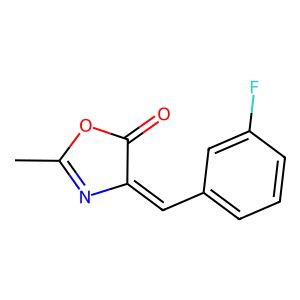
SMILES: CC1=NC(=Cc2cccc(F)c2)C(=O)O1
Inhibits HIV replication: No